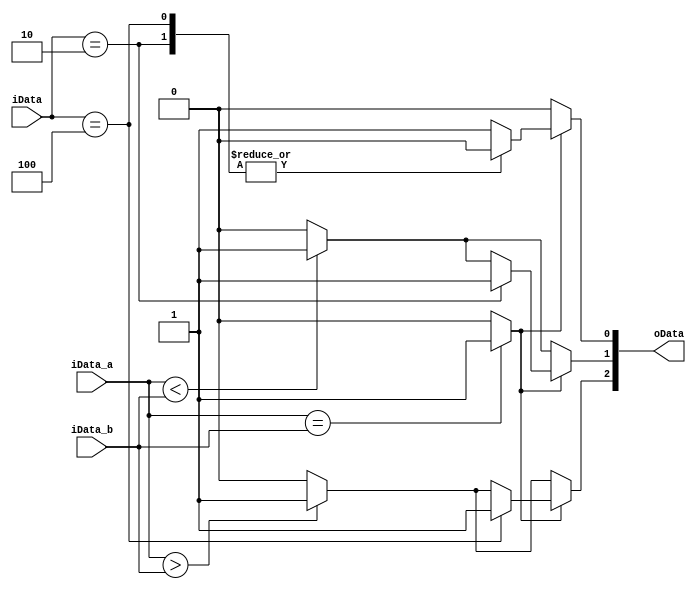
`timescale 1ns / 1ps
//////////////////////////////////////////////////////////////////////////////////
// Company: 
// Engineer: 
// 
// Design Name: 
// Module Name: compare_4
// Project Name: 
// Target Devices: 
// Tool Versions: 
// Description: 
// 
// Dependencies: 
// 
// Revision:
// Revision 0.01 - File Created
// Additional Comments:
// 
//////////////////////////////////////////////////////////////////////////////////


module compare_4(
    input [3:0] iData_a,
    input [3:0] iData_b,
    input [2:0] iData,
    output [2:0] oData
    );
    reg eq,gt,lt;
    assign oData[2]=gt;
    assign oData[1]=lt;
    assign oData[0]=eq;
  always @(*)
    begin
        eq = (iData_a == iData_b)? 1:0;
        gt = (iData_a > iData_b)? 1:0;
        lt = (iData_a < iData_b)? 1:0;
        
        if(eq)
        begin
            eq = 0;
            case(iData)
                3'b100: gt = 1;
                3'b010: lt = 1;
                3'b001: eq = 1;
                default:eq = 1;
            endcase
        end 
    end
endmodule